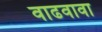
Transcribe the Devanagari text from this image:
वाढवावा